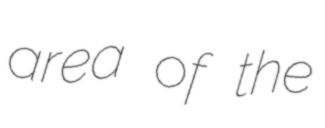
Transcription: area of the